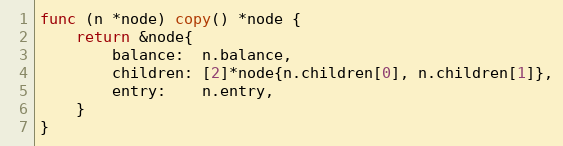
Language: Go
func (n *node) copy() *node {
	return &node{
		balance:  n.balance,
		children: [2]*node{n.children[0], n.children[1]},
		entry:    n.entry,
	}
}